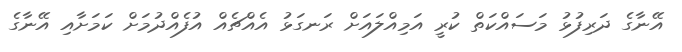
އޭނާގެ ދަރިފުޅު މަސައްކަތް ކުރީ އަމިއްލައަށް ރަނގަޅު އެއްޗެއް އުފެއްދުމަށް ކަމަށާއި އޭނާގެ